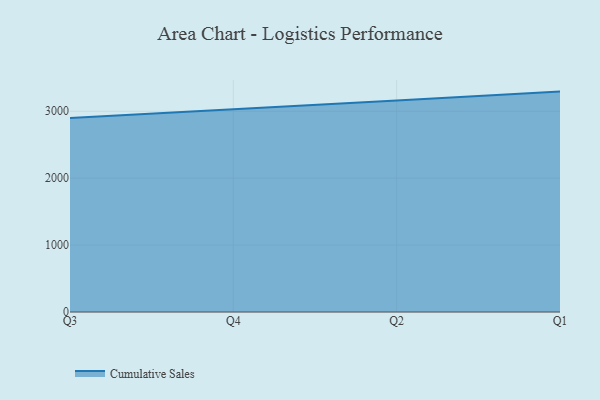
{"axis": {"x": "Quarter", "y": "Inventory Turnover"}, "legend": ["Cumulative Sales"], "data": [{"x": "Q3", "y": 2899.2, "type": "Cumulative Sales"}, {"x": "Q4", "y": 3025.7, "type": "Cumulative Sales"}, {"x": "Q2", "y": 3162.6, "type": "Cumulative Sales"}, {"x": "Q1", "y": 3294.1, "type": "Cumulative Sales"}]}